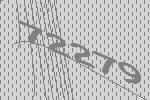
72279